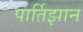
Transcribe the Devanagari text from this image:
पार्तिझान